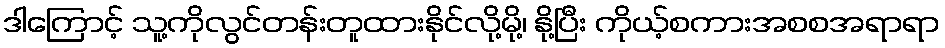
ဒါကြောင့် သူ့ကိုလွင်တန်းတူထားနိုင်လို့မို့၊ နို့ပြီး ကိုယ့်စကားအစစအရာရာ